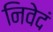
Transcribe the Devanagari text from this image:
निवेदं